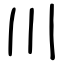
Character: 川